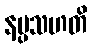
နပ္ပသဟတိ